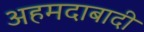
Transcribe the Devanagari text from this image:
अहमदाबादी